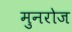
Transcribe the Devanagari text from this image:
मुनरोज